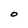
Character: O